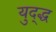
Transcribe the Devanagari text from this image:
युद्द्ध